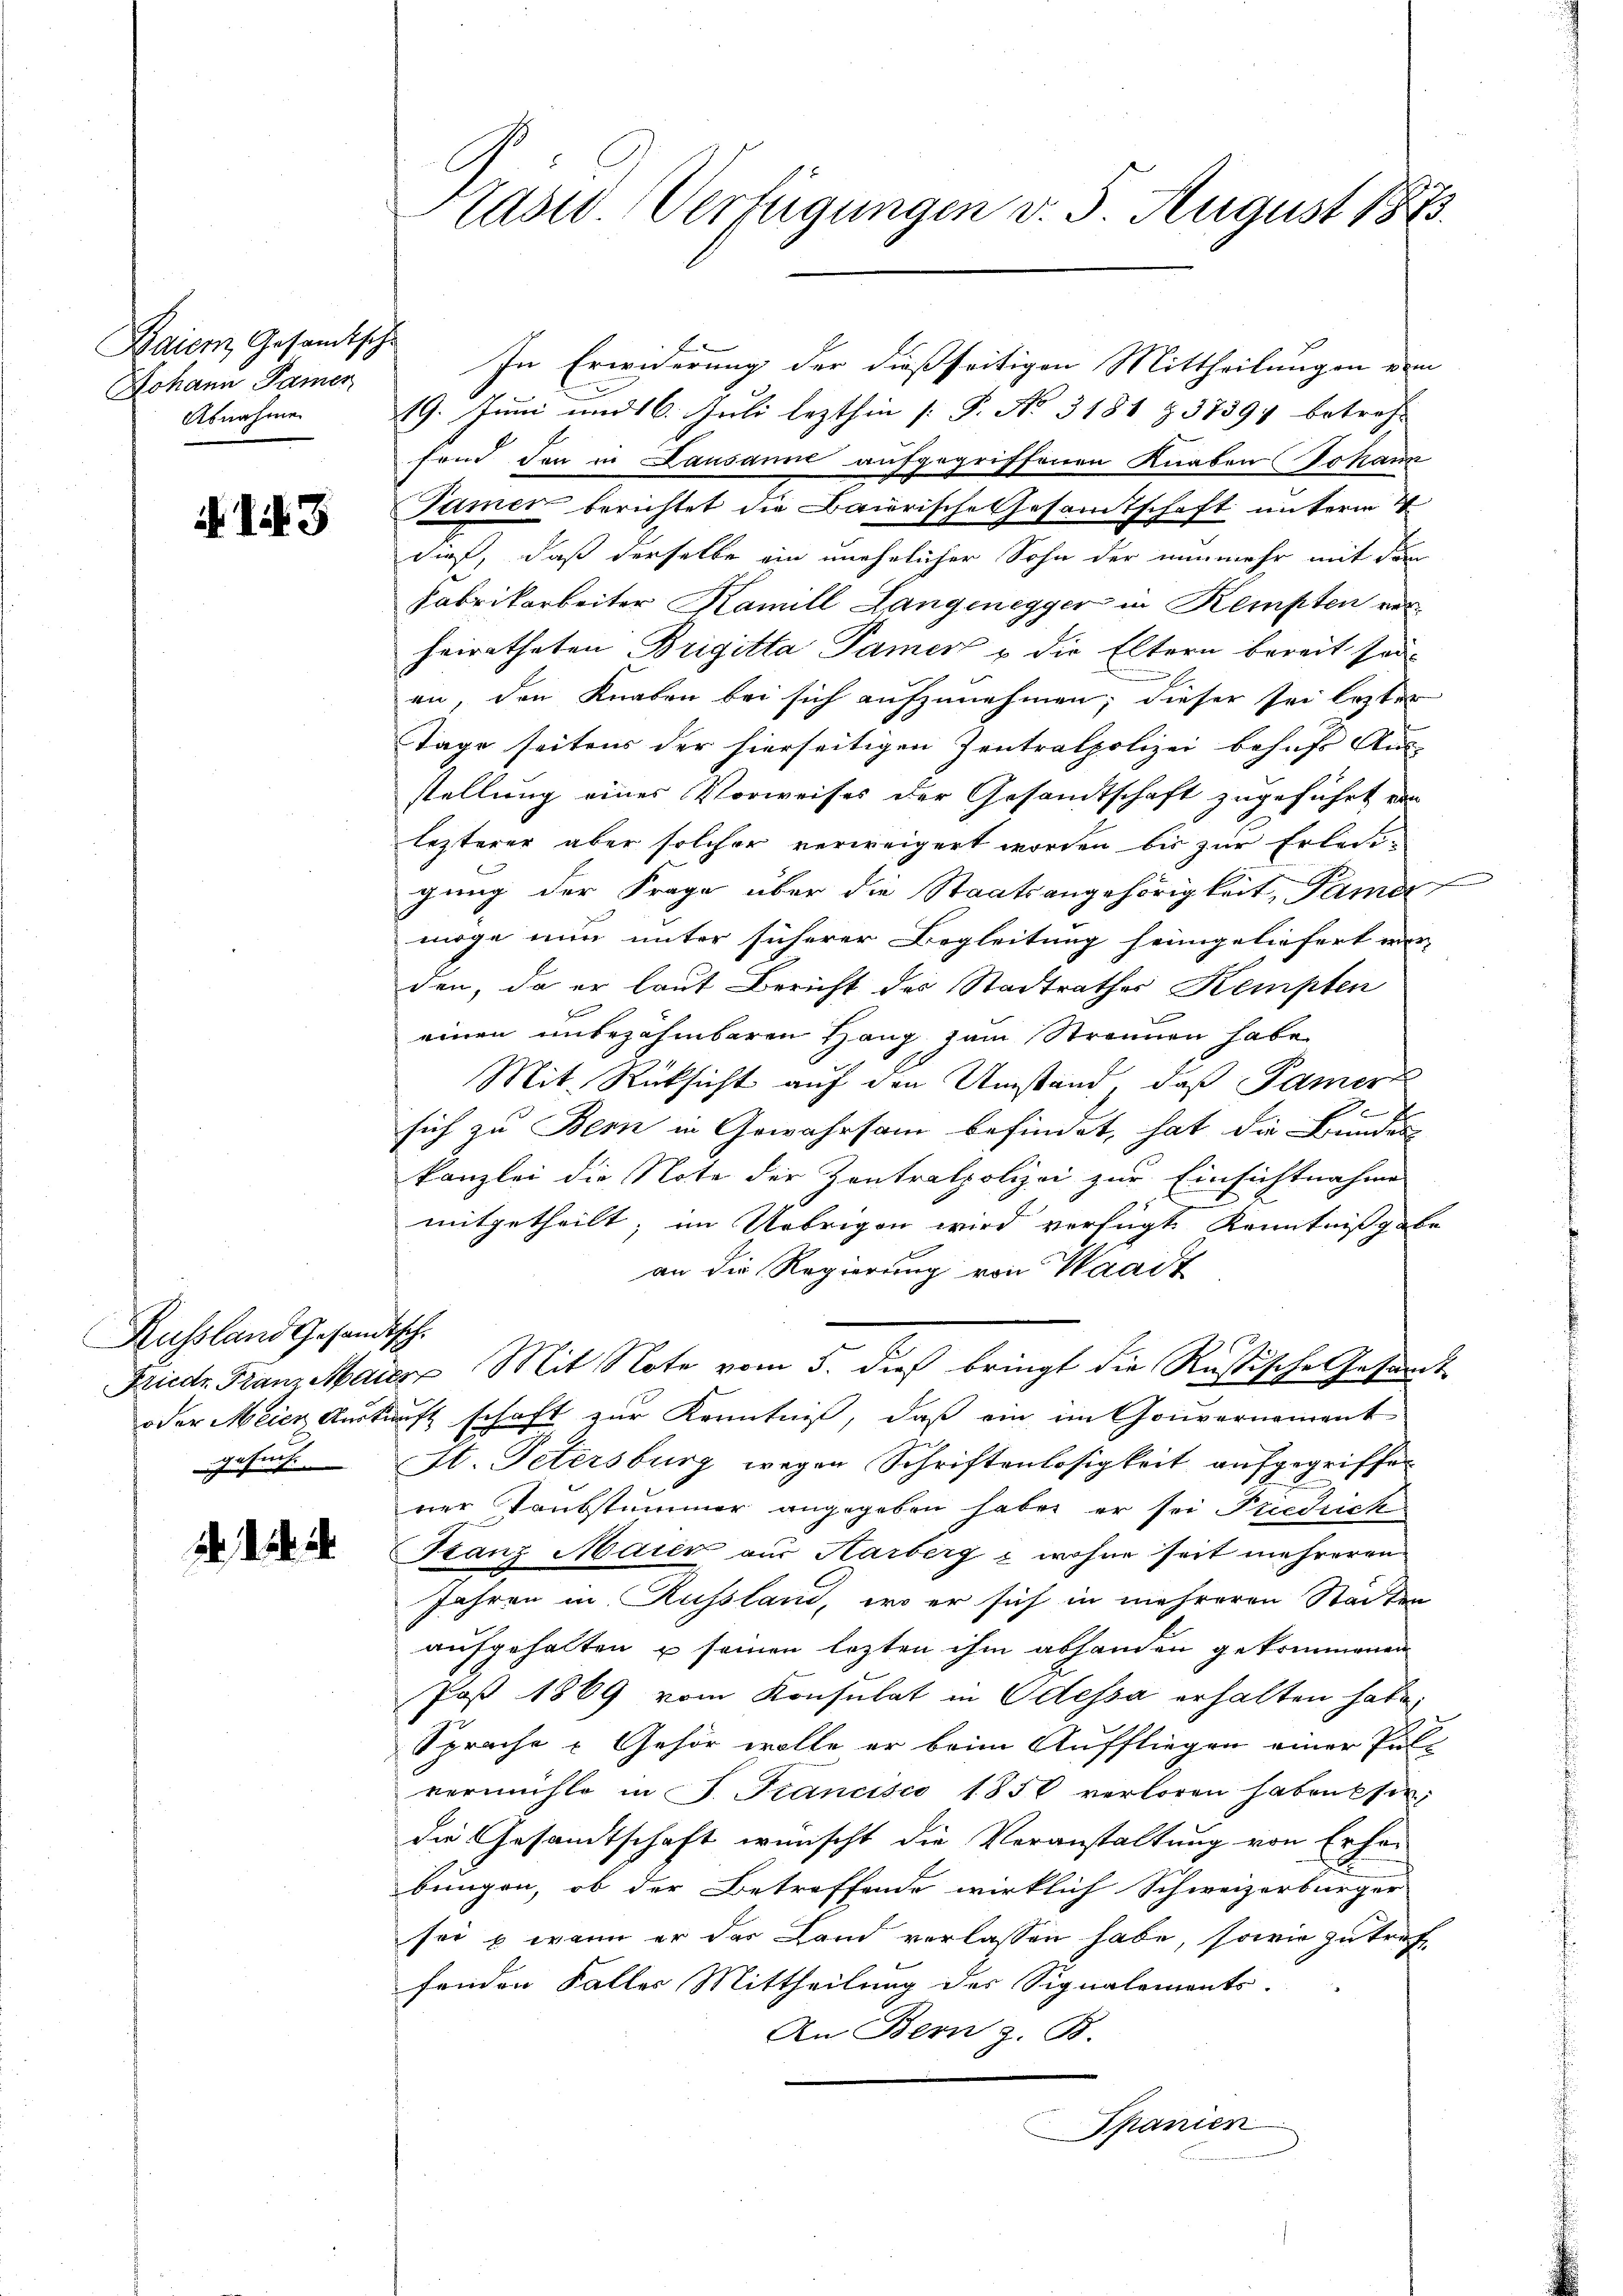
Baiern, Gesandische
Johann Paren
Abnahme

I 3

Russland Gesandtsch.
gesuch.

. . .

Präsid. Verfügungen v. 5. August 1873.

In Erwiderung der dießseitigen Mittheilungen vom
19. Juni und 16. Juli lezthin [P. No 3181 § 37397 betreff
fend der in Lausanne aufgegriffenen Knaben Johann
Tamer berichtet die Baierische Gesamtschaft unterm 4
dieß, daß derselbe ein unehelicher Sohn der nunmehr mit der
Fabrikarbeiter Kamill Langenegger in Kempten vorheiratheten Brigitta Damer u die Eltern bereit sei-

an, den Knaben bei sich aufzunehmen; dieser sei lezter
Tage seitens der hierseitigen Zentralpolizei behufs Aus-
stellung eines Vorweises der Gesandtschaft zugeführt von
lezterer aber solcher verweigert worden bis zur Erleigung der Frage über die Staatsangehörigkeit, dama
möge nun unter sicherer Begleitung seingeliefert wer-
den, da er laut Bericht des Stadtrathes Kempten
einen unbezahmbaren Hang zum Strennen habe
Mit Rücksicht auf den Umstand, daß Pamerz
.
sich zu Bern in Gewahrsam befindet, hat die Bundes
kanzlei die Note der Zentralpolizei zur Einsichtnahme
mitgetheilt; im Uebrigen wird verfügt, Kenntnißgabe
an die Regierung von Waadt
Frieder Franz Mauer, Mit Note vom 5. dieß bringt die Rußische Gesundt
oder Meier Auskunft schaft zur Kenntniß, daß ein im Gouvernament
St. Petersburg wegen Schriftenlosigkeit aufgegriffen
ner Taubstummer angegeben habe er sei Friedrich
Kanz Maier aus Harberg - wohne seit mehreren
Jahren in Russland, wo er sich in mehreren Stadten
aufgehalten u seinen lezten ihm abhanden gekommenen
Post 1869 vom Konsulat in Odessa erhalten habe.
Sprache Gehör wolle er beim Auffliegen einer Puls
vermühle in J. Francisco 1856 verloren habenesen;
die Gesandtschaft wünscht die Voranstaltung von Erhöbungen, ob der Betreffende wirklich Schweizerbürger
sei & wenn er der Land verlassen habe, sowie zu treff
fenden Falles Mittheilung des Signalements-
An Bern z. B.
Spanien